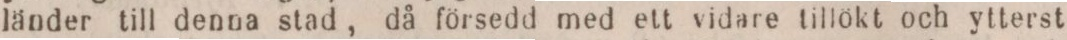
länder till denna stad, då försedd med ett vidare tillökt och ytterst